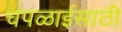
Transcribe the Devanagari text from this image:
चपळाईसाठी